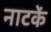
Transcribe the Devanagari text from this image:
नाटकें